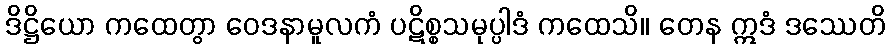
ဒိဋ္ဌိယော ကထေတွာ ဝေဒနာမူလကံ ပဋိစ္စသမုပ္ပါဒံ ကထေသိ။ တေန ဣဒံ ဒဿေတိ